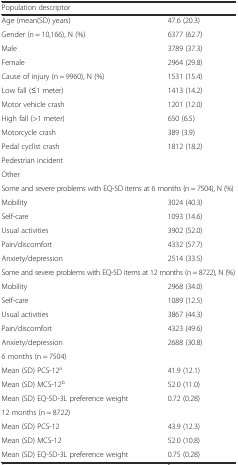
<table><thead><tr><td><b>Population descriptor</b></td><td></td></tr></thead><tbody><tr><td>Age (mean(SD) years)</td><td>47.6 (20.3)</td></tr><tr><td>Gender (n = 10,166), N (%)</td><td>6377 (62.7)</td></tr><tr><td>Male</td><td>3789 (37.3)</td></tr><tr><td>Female</td><td>2964 (29.8)</td></tr><tr><td>Cause of injury (n = 9960), N (%)</td><td>1531 (15.4)</td></tr><tr><td>Low fall (≤1 meter)</td><td>1413 (14.2)</td></tr><tr><td>Motor vehicle crash</td><td>1201 (12.0)</td></tr><tr><td>High fall (&gt;1 meter)</td><td>650 (6.5)</td></tr><tr><td>Motorcycle crash</td><td>389 (3.9)</td></tr><tr><td>Pedal cyclist crash</td><td>1812 (18.2)</td></tr><tr><td>Pedestrian incident</td><td></td></tr><tr><td>Other</td><td></td></tr><tr><td colspan="2">Some and severe problems with EQ-5D items at 6 months (n = 7504), N (%)</td></tr><tr><td>Mobility</td><td>3024 (40.3)</td></tr><tr><td>Self-care</td><td>1093 (14.6)</td></tr><tr><td>Usual activities</td><td>3902 (52.0)</td></tr><tr><td>Pain/discomfort</td><td>4332 (57.7)</td></tr><tr><td>Anxiety/depression</td><td>2514 (33.5)</td></tr><tr><td colspan="2">Some and severe problems with EQ-5D items at 12 months (n = 8722), N (%)</td></tr><tr><td>Mobility</td><td>2968 (34.0)</td></tr><tr><td>Self-care</td><td>1089 (12.5)</td></tr><tr><td>Usual activities</td><td>3867 (44.3)</td></tr><tr><td>Pain/discomfort</td><td>4323 (49.6)</td></tr><tr><td>Anxiety/depression</td><td>2688 (30.8)</td></tr><tr><td>6 months (n = 7504)</td><td></td></tr><tr><td>Mean (SD) PCS-12<sup>a</sup></td><td>41.9 (12.1)</td></tr><tr><td>Mean (SD) MCS-12<sup>b</sup></td><td>52.0 (11.0)</td></tr><tr><td>Mean (SD) EQ-5D-3L preference weight</td><td>0.72 (0.28)</td></tr><tr><td>12 months (n = 8722)</td><td></td></tr><tr><td>Mean (SD) PCS-12</td><td>43.9 (12.3)</td></tr><tr><td>Mean (SD) MCS-12</td><td>52.0 (10.8)</td></tr><tr><td>Mean (SD) EQ-5D-3L preference weight</td><td>0.75 (0.28)</td></tr></tbody></table>